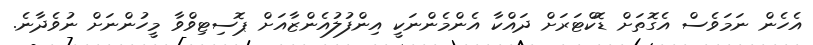
އެހެން ނަމަވެސް އެގޮތަށް ޑޮކްޓަރަށް ދައްކާ އެންމެންނަކީ އިންފުލުއެންޒާއަށް ޕޮސިޓިވްވާ މީހުންނަށް ނުވެދާނެ.